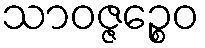
သာဝဇ္ဇဉ္စေဝ